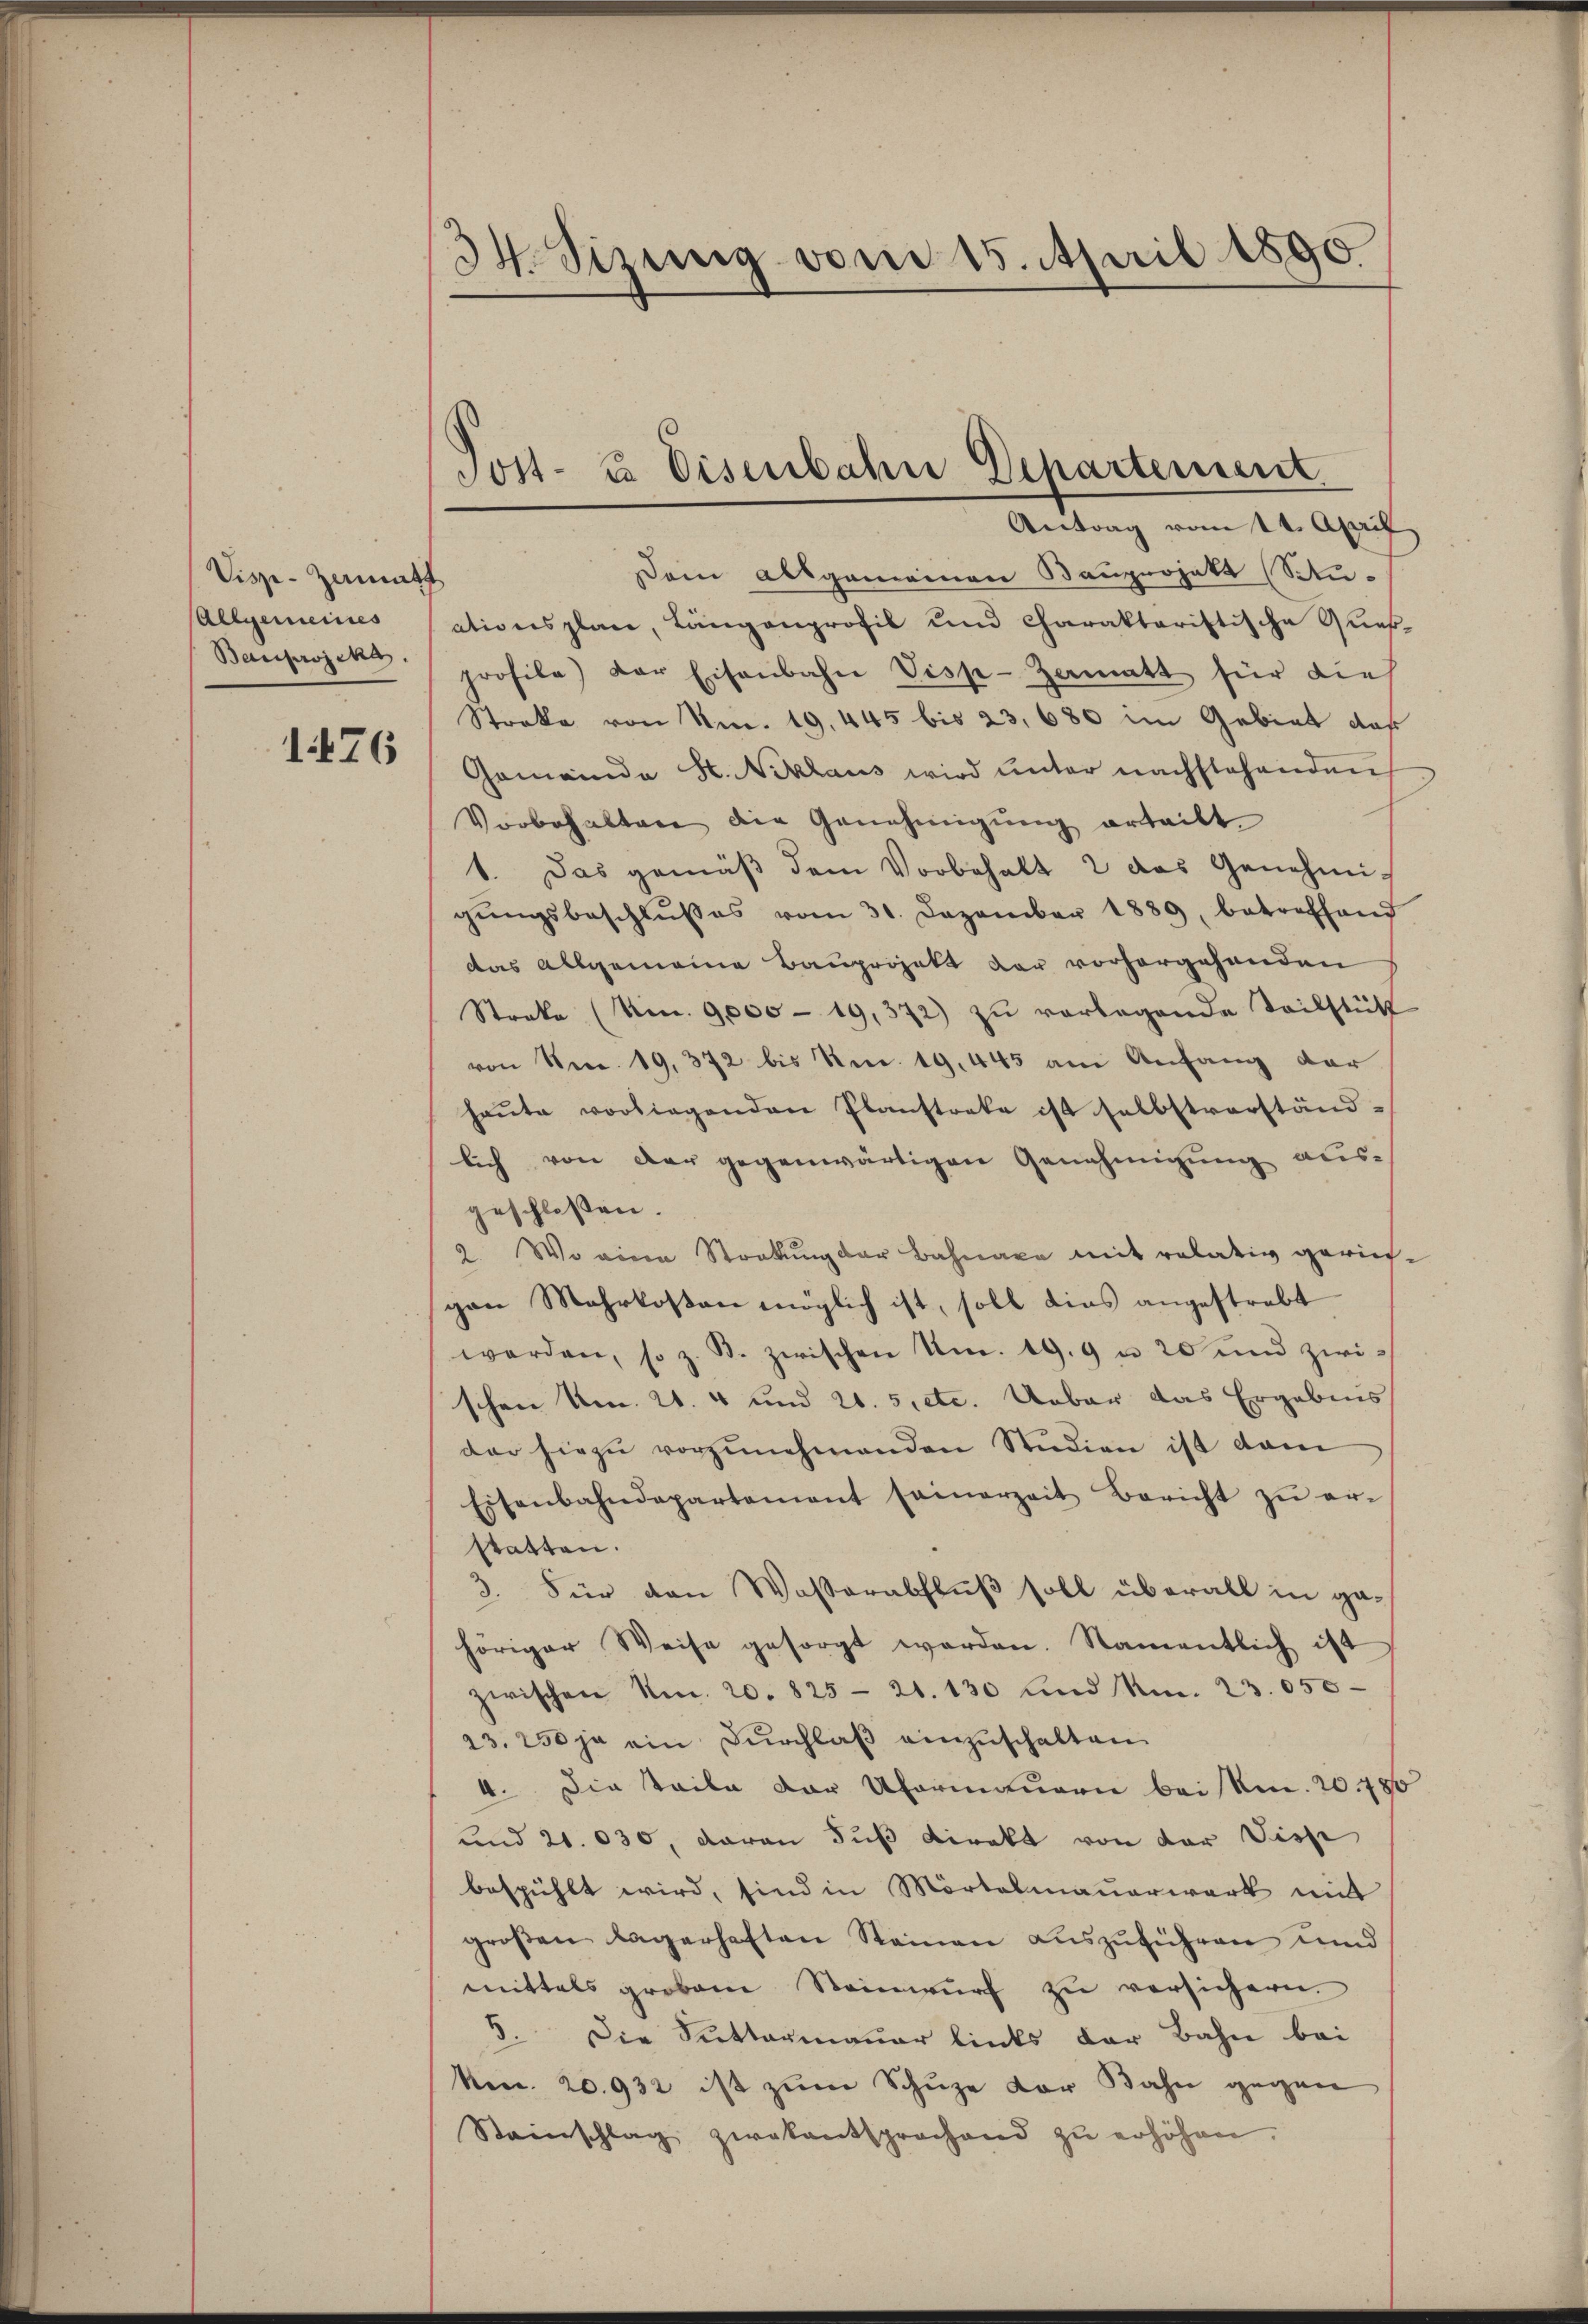
Visze-Zermuth
Allgemeines

1476

34. Sizung vom 15. April 1890

Dem Allgemeinen Bauprojekt (Schuationsplan, Längenprofil und Charakteristische Quer¬
Bauprosen profile) der Eisenbahn Visp-Zematt für dies
Streke von Nr. 19, 445 bis 23, 680 im Gebiet daß
Gemeinde H. Niklaus wird ŭnter nachstehenden
Vorbehalten die Genehmigŭng erteilt.
1. Das gemäβ dem Vorbehalt 2 das Genehmigŭngsbeschlŭsses vom 31. Dezember 1889, betreffend
das allgemeine Bauprojekt der vorhergehenden
Streke (Nr. 9000 - 19, 372) zu vorlegende Teilstütz
von Nec. 19, 372 bis Nr. 19. 445 am Anfang der
haŭte vorliegenden Planstreke ist selbstverständlich von der gegenwärtigen Genehmigung ausgeschlossen.
2. Wo einen Stockung der Bahnaxe mit relativ gerichpen Mehrkosten möglich ist, soll dies angestrebt
werden, so z. B. zwischen Am. 19. 9 u. 20 und zwi-
schen Am. 21. 4 und 20. 5 etc. Ueber das Ergebnis
der hiezŭ vorzŭnehmenden Studien ist dam
Eisenbahndepartement seinerzeit Bericht zŭ er-
statten.
3. Für den Wasserabfluß soll überall in ge-
höriger Weise gesorgt worden. Namentlich ist
zwischen Nr. 20. 825 - 21. 130 und No. 23. 650
23. 250 je ein Dŭrchlaβ einzuschalten
4. Die Teile der Ufermauern bei kn. 20780
und 21. 030, daran Fuß Direkt von der Visp
bespühlt wird, sind in Mörtelmauerwerk mit
groβen lagerhaften Steinen aŭszŭführen und
mittels grobem Steinwŭrf zu versichern.
5. Die Suttermauer links der Bahn bei
Nen. 20932 ist zum Schuze vor Bahn gegen
Steinschlag zwekentsprachend zŭ erhöhen.

Sost- & Eisenbahn Departement
Antrag vom 14. April